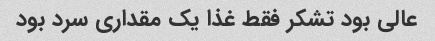
عالی بود تشکر فقط غذا یک مقداری سرد بود